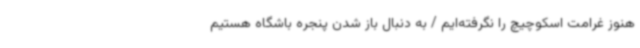
هنوز غرامت اسکوچیچ را نگرفته‌ایم / به دنبال باز شدن پنجره باشگاه هستیم